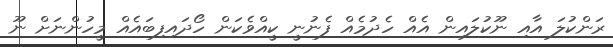
ރަންކުލަ އާއި ނޫކުލައިން އެއް ހެދުމެއް ފެނުނީ ކީއްވެކަން ހޯދައިފިބައެއް މީހުންނަށް ނޫ